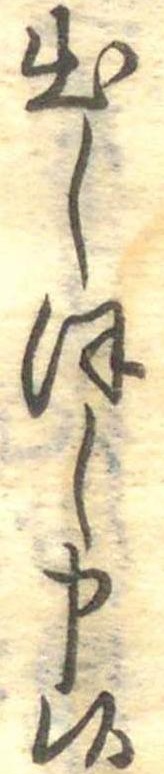
出しほし申候